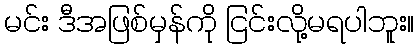
မင်း ဒီအဖြစ်မှန်ကို ငြင်းလို့မရပါဘူး။